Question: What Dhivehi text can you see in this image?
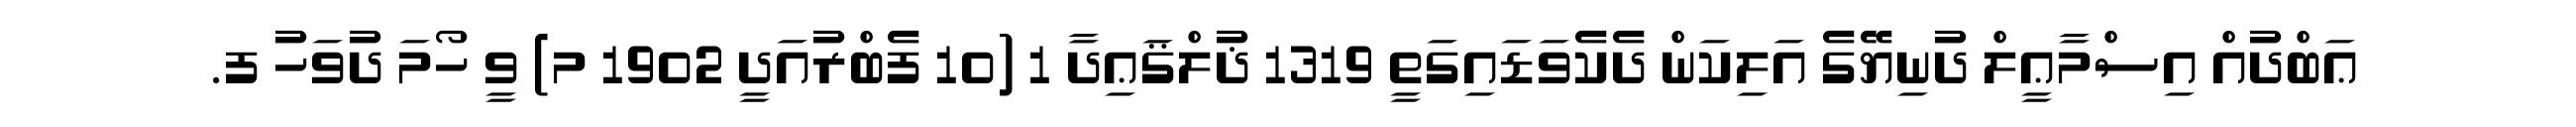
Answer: ޢަބްދުއް އިސްމާޢީލް ދުނިޔޭގެ އަލިކަން ދެކެވަޑައިގަތީ 1319 ޛުލްޤަޢިދާ 1 (10 ފެބްރުއަދީ 1902 މ) ވީ ހޯމަ ދުވަހު ފ.